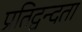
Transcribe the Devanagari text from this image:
प्रतिद्वन्दता